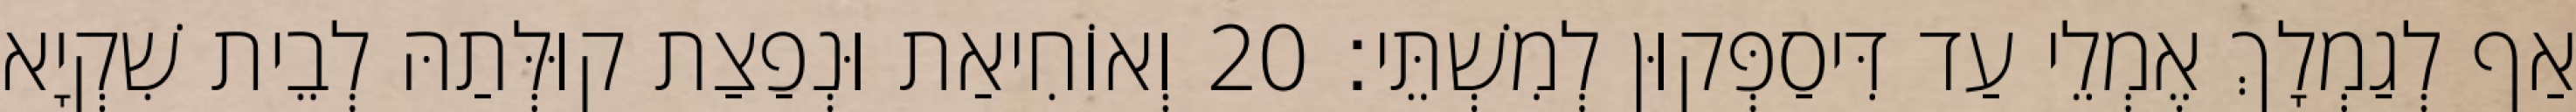
אַף לְגַמְלָךְ אֶמְלֵי עַד דִּיסַפְּקוּן לְמִשְׁתֵּי׃ 20 וְאוֹחִיאַת וּנְפַצַת קוּלְּתַהּ לְבֵית שִׁקְיָא